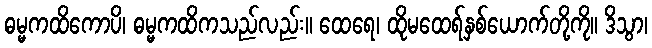
ဓမ္မကထိကောပိ၊ ဓမ္မကထိကသည်လည်း။ ထေရေ၊ ထိုမထေရ်နှစ်ယောက်တို့ကို။ ဒိသွာ၊